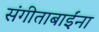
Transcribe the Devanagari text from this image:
संगीताबाईंना